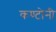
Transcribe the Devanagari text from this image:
कण्टोनी